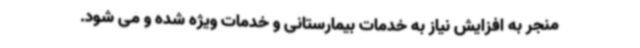
منجر به افزایش نیاز به خدمات بیمارستانی و خدمات ویژه شده و می شود.